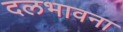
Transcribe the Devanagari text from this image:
दलभावना